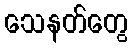
သေနတ်တွေ